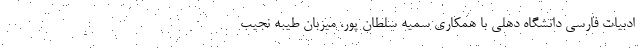
ادبیات فارسی دانشگاه دهلی با همکاری سمیه سلطان پور، میزبانِ طیبه نجیب